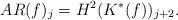
LaTeX: \begin{align*} AR(f)_j=H^2(K^*(f))_{j+2}.\end{align*}